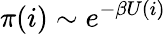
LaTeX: \pi(i)\sim e^{-\beta U(i)}